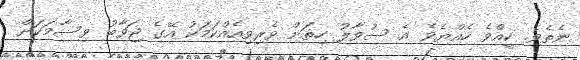
ނެތެވެ. ކީއްވެ ހެއްޔެވެ އެ ސުވާލު ހިތަށް ވެރިވިއެއްކަމަކު އޭގެ ޖަވާބު ވިސާމަކަށް